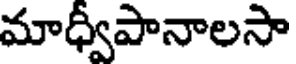
మాధ్వీపానాలసా